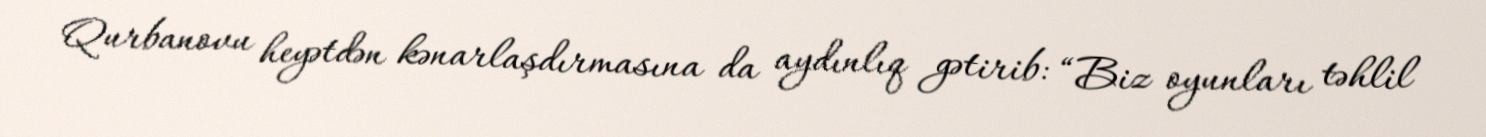
Qurbanovu heyətdən kənarlaşdırmasına da aydınlıq gətirib: “Biz oyunları təhlil